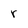
Character: r